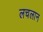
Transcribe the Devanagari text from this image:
लचलान